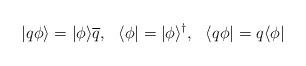
LaTeX: \begin{align*}|q\phi\rangle=|\phi\rangle\overline{q},~~ \langle\phi|=|\phi\rangle^{\dagger},~~\langle q\phi|=q\langle \phi| \end{align*}